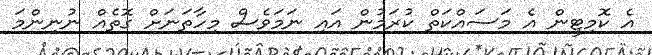
އެ ކޮމިޓީން އެ މަސައްކަތް ކުރަމުން އައި ނަމަވެސް މިހާތަނަށް ގޮތެއް ނުނިންމަ